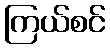
ကြယ်စင်